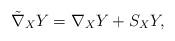
LaTeX: \begin{align*} \tilde \nabla_X Y = \nabla_X Y + S_X Y, \end{align*}